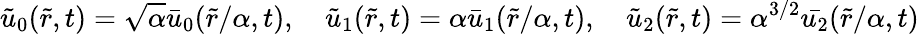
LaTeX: \tilde{u}_{0}(\tilde{r},t)=\sqrt{\alpha}\bar{u}_{0}(\tilde{r}/\alpha,t),\quad\tilde{u}_{1}(\tilde{r},t)=\alpha\bar{u}_{1}(\tilde{r}/\alpha,t),\quad\tilde{u}_{2}(\tilde{r},t)=\alpha^{3/2}\bar{u_{2}}(\tilde{r}/\alpha,t)